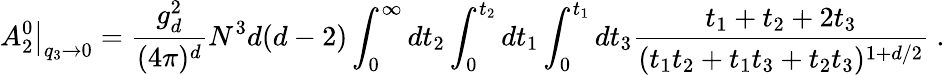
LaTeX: A_{2}^{0}\big|_{q_{3}\rightarrow 0}=\frac{g_{d}^{2}}{(4\pi)^{d}}N^{3}d(d-2)\int_{0}^{\infty}dt_{2}\int_{0}^{t_{2}}dt_{1}\int_{0}^{t_{1}}dt_{3}{\frac{t_{1}+t_{2}+2t_{3}}{(t_{1}t_{2}+t_{1}t_{3}+t_{2}t_{3})^{1+d/2}}}~.